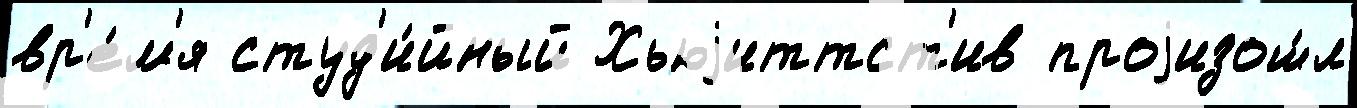
вр'е́м'я студ'и́йный Хьюjиттст'ив проjизош́л